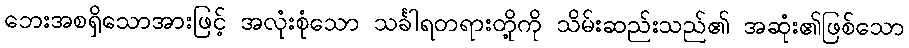
ဘေးအစရှိသောအားဖြင့် အလုံးစုံသော သင်္ခါရတရားတို့ကို သိမ်းဆည်းသည်၏ အဆုံး၏ဖြစ်သော